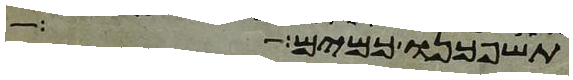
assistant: תשפכנו כמים